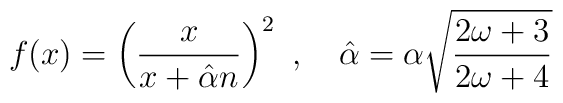
f(x)=\left(\frac{x}{x+\hat{\alpha} n}\right)^2 \ , \ \ \ \hat{\alpha}=\alpha\sqrt{\frac{2\omega+3}{2\omega+4}}